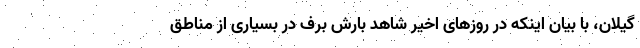
گیلان، با بیان اینکه در روزهای اخیر شاهد بارش برف در بسیاری از مناطق